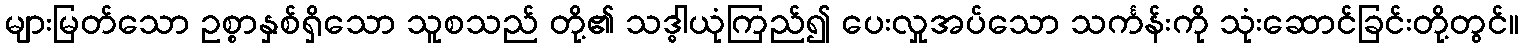
များမြတ်သော ဥစ္စာနှစ်ရှိသော သူစသည် တို့၏ သဒ္ဓါယုံကြည်၍ ပေးလှုအပ်သော သင်္ကန်းကို သုံးဆောင်ခြင်းတို့တွင်။